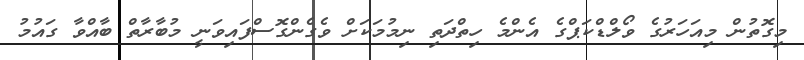
މިގޮތުން މިއަހަރުގެ ވޯލްޑްކަޕްގެ އެންމެ ހިތްދަތި ނިމުމަކަށް ވެގެންގޮސްފައިވަނީ މުބާރާތް ބާއްވާ ގައުމު